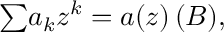
{ \textstyle \sum } a _ { k } z ^ { k } = a ( z ) \, ( { \boldsymbol { B } } ) ,